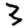
Digit: 3